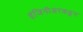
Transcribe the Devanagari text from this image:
इंजिनीअरकडून